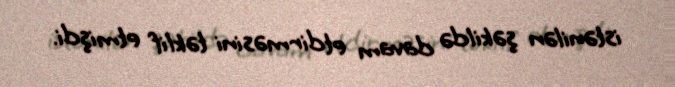
istənilən şəkildə davam etdirməsini təklif etmişdi.